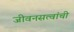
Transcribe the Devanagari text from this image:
जीवनसत्वांची